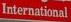
international